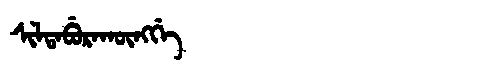
Manchu: ᠰᡳᠯᡨᠠᠪᡠᡵᠠᡴᡡᠩᡤᡝ
Romanization: SILTABURAKŪNGGE